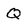
Character: Q